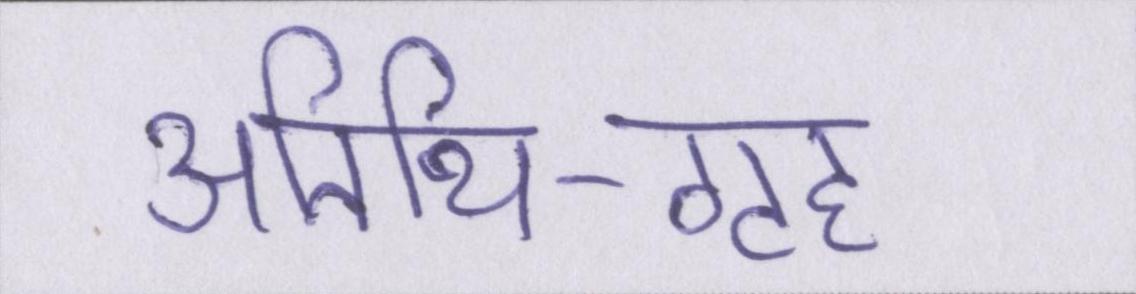
अतिथि-गृह